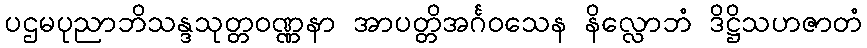
ပဌမပုညာဘိသန္ဒသုတ္တဝဏ္ဏနာ အာပတ္တိအင်္ဂဝသေန နိလ္လောဘံ ဒိဋ္ဌိသဟဇာတံ